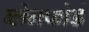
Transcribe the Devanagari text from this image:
ब्लेनफोर्ड